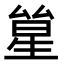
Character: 𠬋